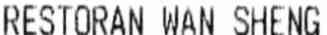
RESTORAN WAN SHENG